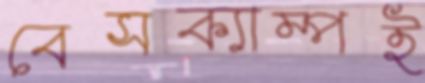
বেসক্যাম্পই